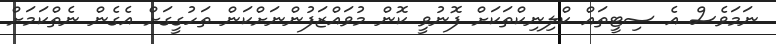
ނަމަވެސް އެ ސިޓީތައް ކްލިނިކްތަކަށް ފޮނުވީ ކޮން މުވައްޒަފުންނަށްކަން ތަހުގީގަށް އެގެން ނެތްކަމަށް